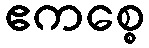
ဧကစ္စေ